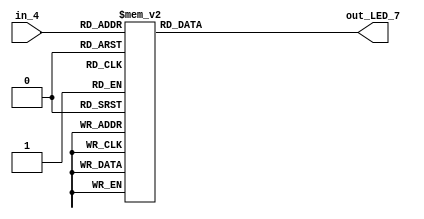
module SEG_7(in_4,out_LED_7);
	input [3:0] in_4;
	output reg [6:0] out_LED_7;
	always @(*)begin
		case(in_4)
			4'h0 : out_LED_7 = 7'b0000001;
			4'h1 : out_LED_7 = 7'b1001111;
			4'h2 : out_LED_7 = 7'b0010010;
			4'h3 : out_LED_7 = 7'b0000110;
			4'h4 : out_LED_7 = 7'b1001100;
			4'h5 : out_LED_7 = 7'b0100100;
			4'h6 : out_LED_7 = 7'b1100000;
			4'h7 : out_LED_7 = 7'b0001111;
			4'h8 : out_LED_7 = 7'b0000000;
			4'h9 : out_LED_7 = 7'b0001100;
			4'ha : out_LED_7 = 7'b0001000;
			4'hb : out_LED_7 = 7'b1100000;
			4'hc : out_LED_7 = 7'b0110001;
			4'hd : out_LED_7 = 7'b1000010;
			4'he : out_LED_7 = 7'b0110000;
			4'hf : out_LED_7 = 7'b0111000;
		endcase
	end
	
endmodule